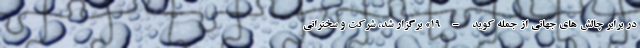
در برابر چالش های جهانی از جمله کوید – 19» برگزار شد، شرکت و سخنرانی